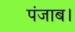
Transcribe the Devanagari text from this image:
पंजाब।